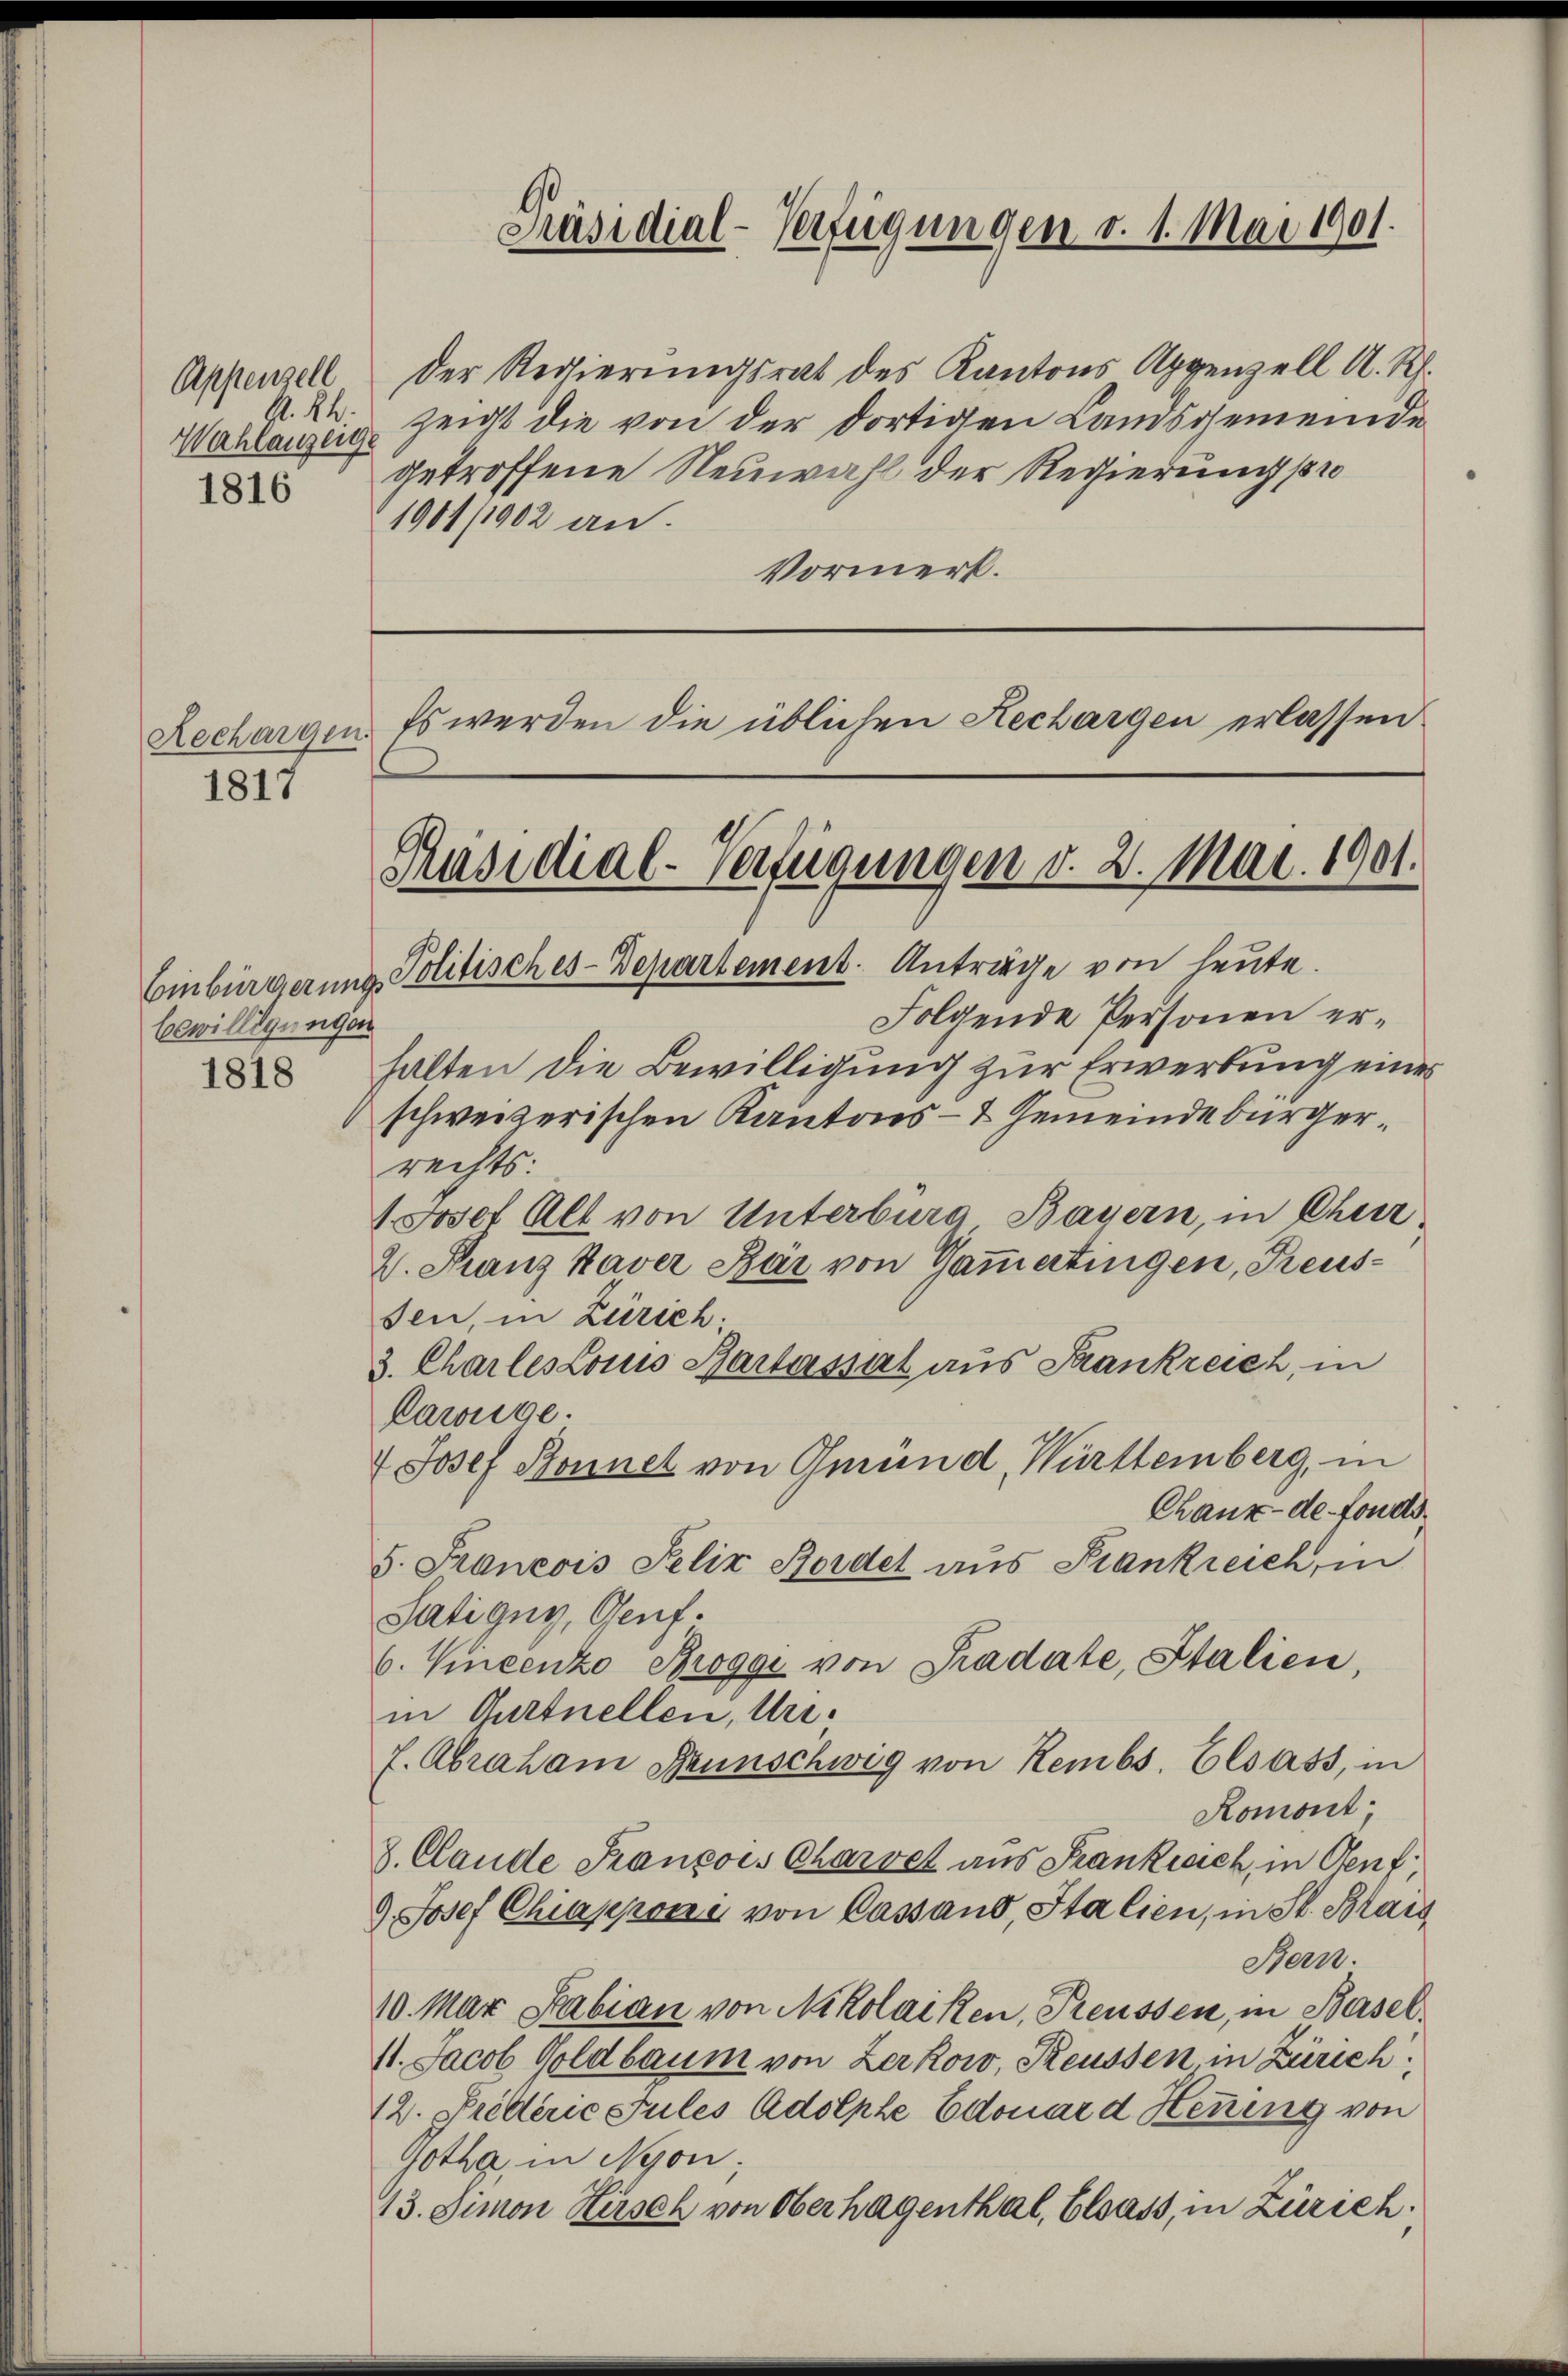
Wahlanzeige
1816

1817

bewilligungen
1818

Präsidial-Verfügungen v. 1. Mai 1901.

Rechargen. Es werden die üblichen Rechargen erlassen

Präsidial-Verfügungen v. 2. Mai. 1901.
Einbürgerung Politisches-Departement. Anträge von leute.

Appenzell der Regierŭngsrat des Kantons Appenzell A. Rh.
P. K. zeigt die von der dortigen Landsgemeinde
getroffene Neuwahl der Regierung 1810
1901/1902 an.
Vormerk.

Folgende Personen erhalten die Bewilligung zur Erwerbung einer
schweizerischen Kantons- & Gemeindebürgerrechts:
1. Josef Alt von Unterburg Bayern, in Chur
2. Franz Haver Bär von Gammertingen, Reussen, in Zürich.
3. Charles Louis Barkassat aus Krankreich, in
Cawüge.
4 Josef Bonnet von Gmünd, Württemberg, in
Chaux-de-Fonds
5. Francois Felix Bordet aus Frankreich, in
Satigny, Genf.
6. Vincento Broggi von Pradate, Stalien,
in Gurtnellen, Uri.
f. Abraham Haunschweg von Rembs. Elsass, in
Komont.
8. Claude François Charvel aus Frankwich, in Genf,
9. Josef Chiapponi von Cassano, Italien, in St. Blais
Bern.
10. Mar Fabian von Nikolaiken, Preussen, in Basel¬
11. Jacob Goldbaum von Zerkow, Reussen in Zürich
12. Prellerie Julis Adolphe Edouard Heuung von
Gotha, in Nyon;
13. Simon Hirsch von Oberhagenthal, Elsass, in Zürich